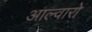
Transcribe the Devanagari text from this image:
आल्वारो